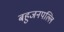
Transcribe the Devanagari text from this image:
बहुजनपल्लि